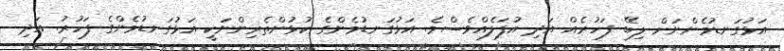
އަޅުގަނޑުމެންނަށް ލިބޭ ފަހުރެއް އަދި އުފަލެއްވެސްމެ. އަަޅުގަނޑުމެންގެ ކުޅުންތެރިންނަކީ އަޅުގަނޑުމެންގެ ފަހުރު. އަދި